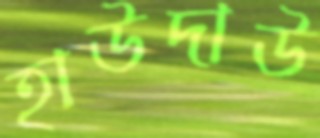
হাউদাউ